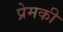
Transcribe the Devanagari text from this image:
प्रेमकी